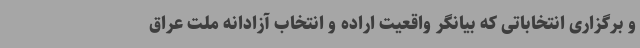
و برگزاری انتخاباتی که بیانگر واقعیت اراده و انتخاب آزادانه ملت عراق